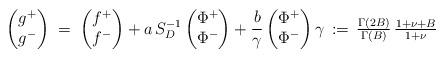
LaTeX: \begin{align*}\begin{pmatrix} g^+ \\ g^-\end{pmatrix}\;=\;\begin{pmatrix} f^+ \\ f^-\end{pmatrix}+a\, S_D^{-1}\begin{pmatrix} \Phi^+ \\ \Phi^-\end{pmatrix}+\frac{b}{\gamma}\begin{pmatrix} \Phi^+ \\ \Phi^-\end{pmatrix}\gamma\,:=\,\textstyle{\frac{\Gamma(2B)}{\Gamma(B)}\,\frac{1+\nu+B}{1+\nu}}\end{align*}